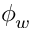
\phi _ { w }